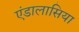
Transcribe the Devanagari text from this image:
एंडालासिया